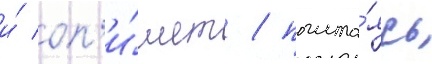
и́ оп'и́шет / полага́ясь